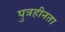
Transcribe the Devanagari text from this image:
पुत्रहीनता